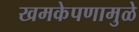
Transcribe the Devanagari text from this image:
खमकेपणामुळे